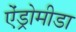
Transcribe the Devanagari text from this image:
ऐंड्रोमीडा